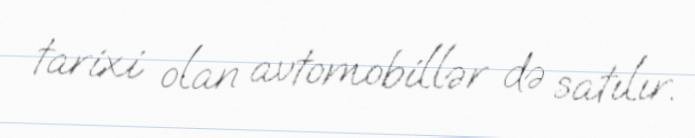
tarixi olan avtomobillər də satılır.